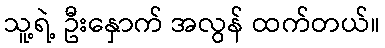
သူ့ရဲ့ ဦးနှောက် အလွန် ထက်တယ်။